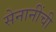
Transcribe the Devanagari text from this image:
सेनानींची